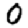
Digit: 0